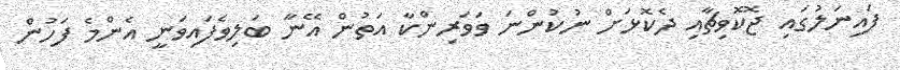
ފައިނަލުގައި ޖޮކޮވިޗާއި ދެކޮޅަށް ނުކުންނަ ވަވަރިންކާ އަތުން އޭނާ ބަލިވެފައިވަނީ އެންމެ ފަހުން